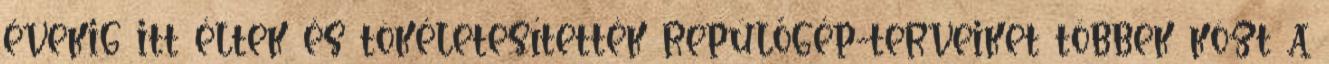
évekig itt éltek és tökéletesítették repülőgép-terveiket többek közt a